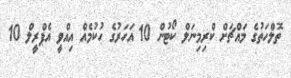
ތޮލްހަތުގެ މައްޗަށް ކްރިމިނަލް ކޯޓުން 10 އަހަރުގެ ހުކުމެއް އިއްވީ އެޕްރީލް 10